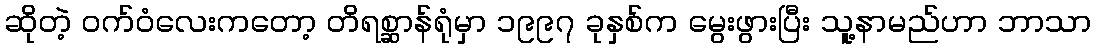
ဆိုတဲ့ ဝက်ဝံလေးကတော့ တိရစ္ဆာန်ရုံမှာ ၁၉၉၇ ခုနှစ်က မွေးဖွားပြီး သူ့နာမည်ဟာ ဘာသာ